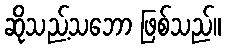
ဆိုသည့်သဘော ဖြစ်သည်။